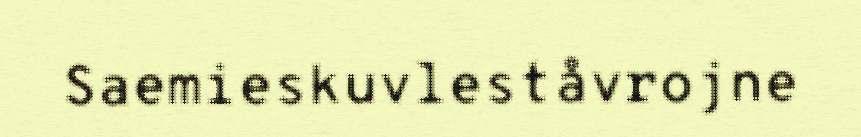
Saemieskuvleståvrojne